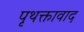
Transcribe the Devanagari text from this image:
पृथक्तावाद